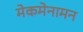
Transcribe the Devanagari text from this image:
मेकमेनामन